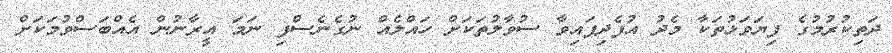
ދަތިކުރުމުގެ ފިޔަވަޅުތަކާ މެދު އުފެދިފައިވާ ސުވާލުތަކަށް ހައްލެއް ނުގެނެސްފި ނަމަ އީރާނުން އެއްބަސްވުމަކަށް